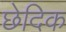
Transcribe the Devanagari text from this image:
छेदिक